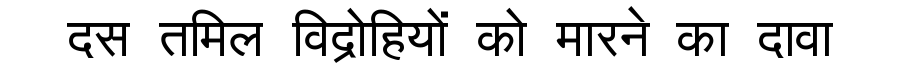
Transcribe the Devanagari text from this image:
दस तमिल विद्रोहियों को मारने का दावा